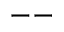
--